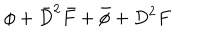
LaTeX: \phi + \bar { D } ^ { 2 } \bar { F } + \bar { \phi } + D ^ { 2 } F